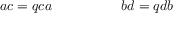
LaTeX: \ \ \ \ \ \ \ a c = q c a \ \ \ \ \ \ \ \ \ \ \ \ \ \ \ b d = q d b